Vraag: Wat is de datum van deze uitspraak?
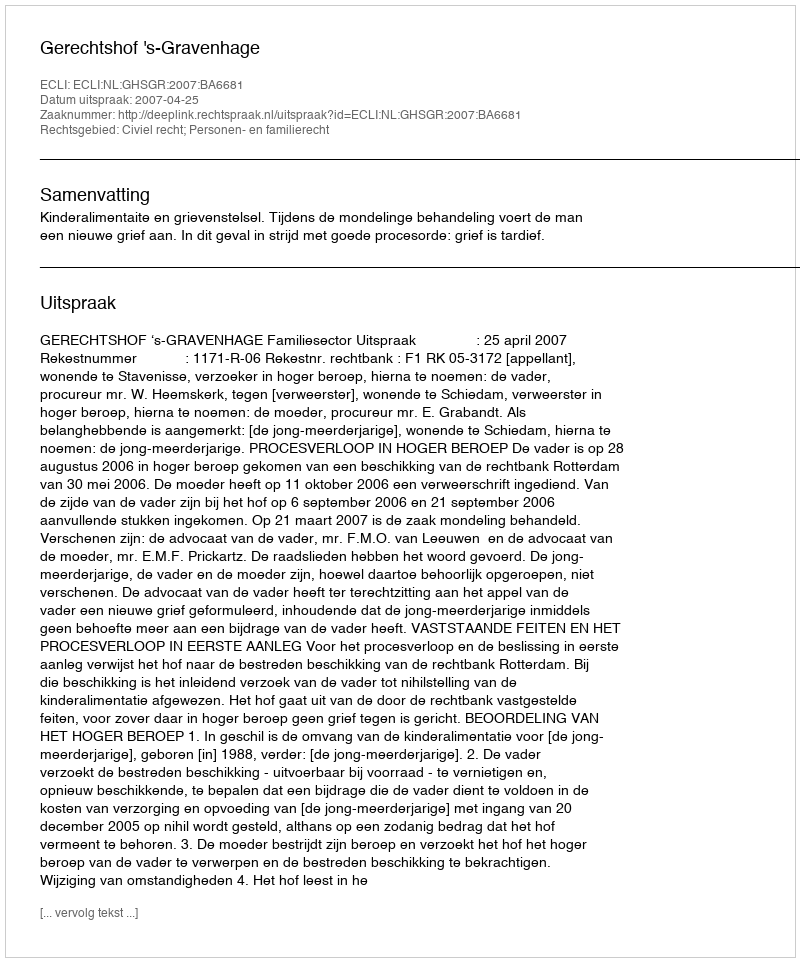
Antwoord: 2007-04-25